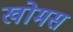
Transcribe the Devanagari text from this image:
खोमस